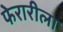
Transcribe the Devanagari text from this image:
फेरारीला